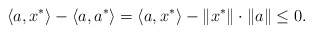
\begin{align*}\langle a, x^*\rangle-\langle a,a^*\rangle= \langle a, x^*\rangle-\|x^*\|\cdot\|a\|\leq 0.\end{align*}